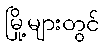
မြို့များတွင်